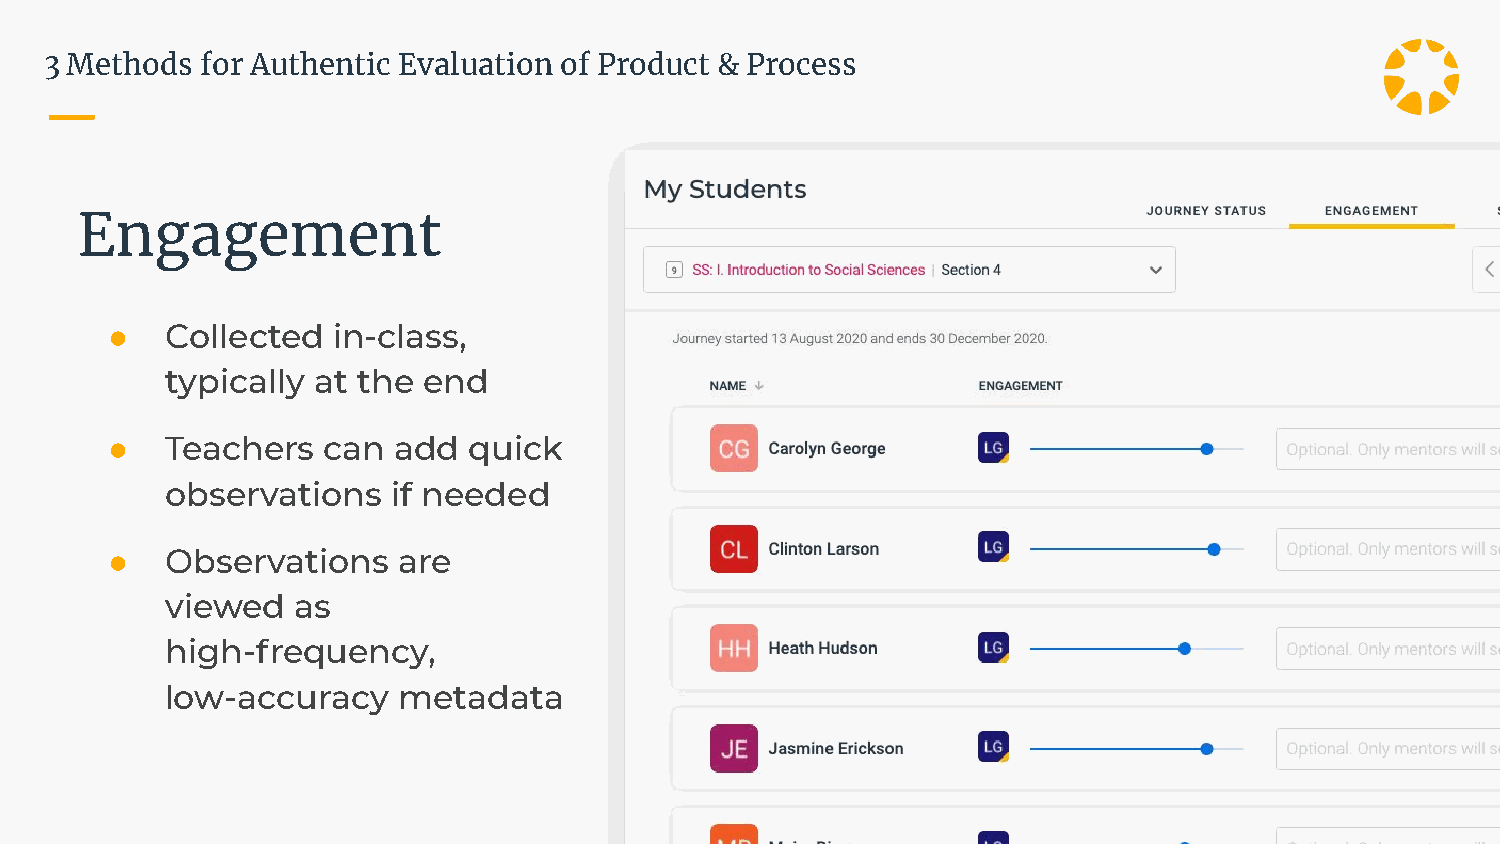
3 Methods for Authentic Evaluation of Product & Process
 Engagement
 ●   Collected  in-class,
 typically at the end
 ●   Teachers  can  add  quick
 observations   if needed
 ●   Observations   are
 viewed   as
 high-frequency,
 low-accuracy   metadata